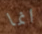
انما